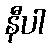
နီပါ